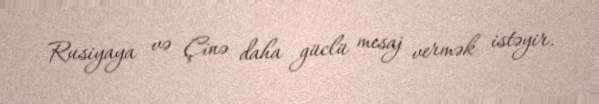
Rusiyaya və Çinə daha güclü mesaj vermək istəyir.